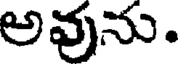
అవును.